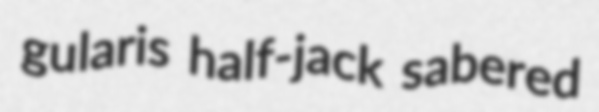
gularis half-jack sabered